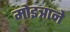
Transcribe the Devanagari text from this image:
मोइत्राने